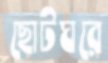
ছোটঘরে